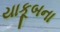
યાકૂબના